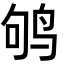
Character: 鸲